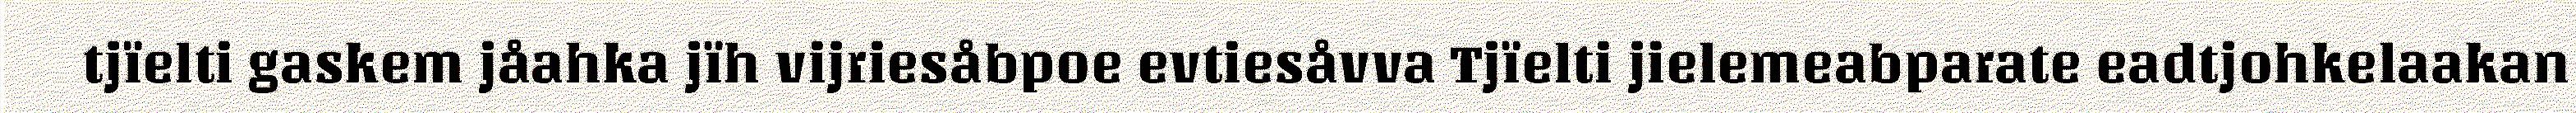
tjïelti gaskem jåahka jïh vijriesåbpoe evtiesåvva Tjïelti jielemeabparate eadtjohkelaakan